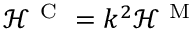
\mathcal { H } ^ { \mathrm { ~ C ~ } } = k ^ { 2 } \mathcal { H } ^ { \mathrm { ~ M ~ } }